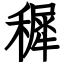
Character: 穉